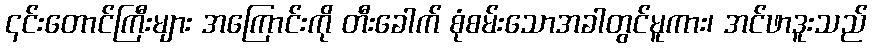
၎င်းတောင်ကြီးများ အကြောင်းကို တီးခေါက် စုံစမ်းသောအခါတွင်မူကား၊ အင်ဖာဒူးသည်